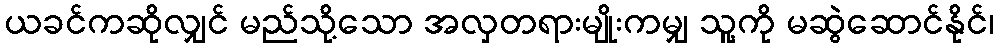
ယခင်ကဆိုလျှင် မည်သို့သော အလှတရားမျိုးကမျှ သူ့ကို မဆွဲဆောင်နိုင်၊